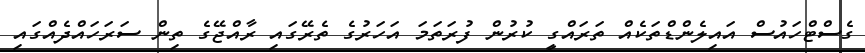
ގެސްޓްހައުސް އައިލެންޑްތަކެއް ތަރައްގީ ކުރުން ފުރަތަމަ އަހަރުގެ ތެރޭގައި ރާއްޖޭގެ ތިން ސަރަހައްދެއްގައި